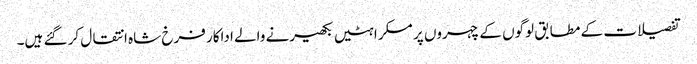
تفصیلات کے مطابق لوگوں کے چہروں پر مسکراہٹیں بکھیرنے والے اداکار فرخ شاہ انتقال کر گئے ہیں۔